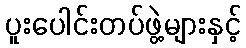
ပူးပေါင်းတပ်ဖွဲ့များနှင့်